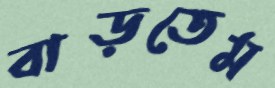
বাড়তেম